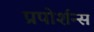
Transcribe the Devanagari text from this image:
प्रपोर्शन्स